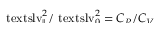
\smash { \ensuremath { \mathrm { \ t e x t s l { v } } _ { \parallel } } ^ { 2 } / \ensuremath { \mathrm { \ t e x t s l { v } } _ { 0 } } ^ { 2 } = C _ { P } / C _ { V } }